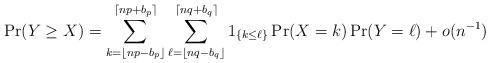
LaTeX: \begin{align*}\Pr(Y \geq X) =\sum_{k = \lfloor np - b_p \rfloor}^{\lceil np + b_p \rceil} \sum_{\ell = \lfloor nq - b_q\rfloor}^{\lceil nq + b_q \rceil} 1_{\{k \leq \ell\}}\Pr(X = k) \Pr(Y = \ell) +o(n^{-1})\end{align*}